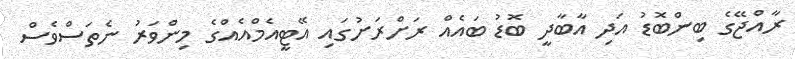
ރާއްޖޭގެ ބިންބޮޑު އަދި އާބާދީ ބޮޑު ބައެއް ރަށްރަށުގައި އޭޓީއެމްއެއްގެ މިންވަރު ނެތަސްވެސް